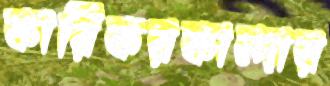
কারিকরকান্দার